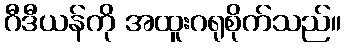
ဂီဒီယန်ကို အထူးဂရုစိုက်သည်။